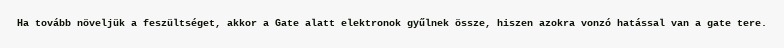
Ha tovább növeljük a feszültséget, akkor a Gate alatt elektronok gyűlnek össze, hiszen azokra vonzó hatással van a gate tere.